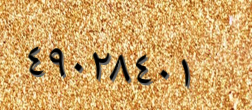
٤٩٠٢٨٤٠١